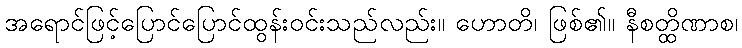
အရောင်ဖြင့်ပြောင်ပြောင်ထွန်းဝင်းသည်လည်း။ ဟောတိ၊ ဖြစ်၏။ နီစတ္ထိဏာစ၊